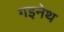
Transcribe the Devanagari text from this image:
गइनेथ